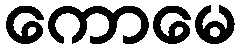
ကောမေ